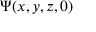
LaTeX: \Psi ( x , y , z , 0 ) \,